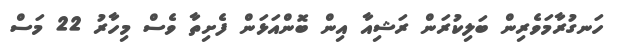
ހަނގުރާމަވެރިން ބަލިކުރަން ރަޝިއާ އިން ބޮންއަޅަން ފެށިތާ ވެސް މިހާރު 22 މަސް